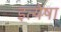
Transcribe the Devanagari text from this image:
इत्येषा